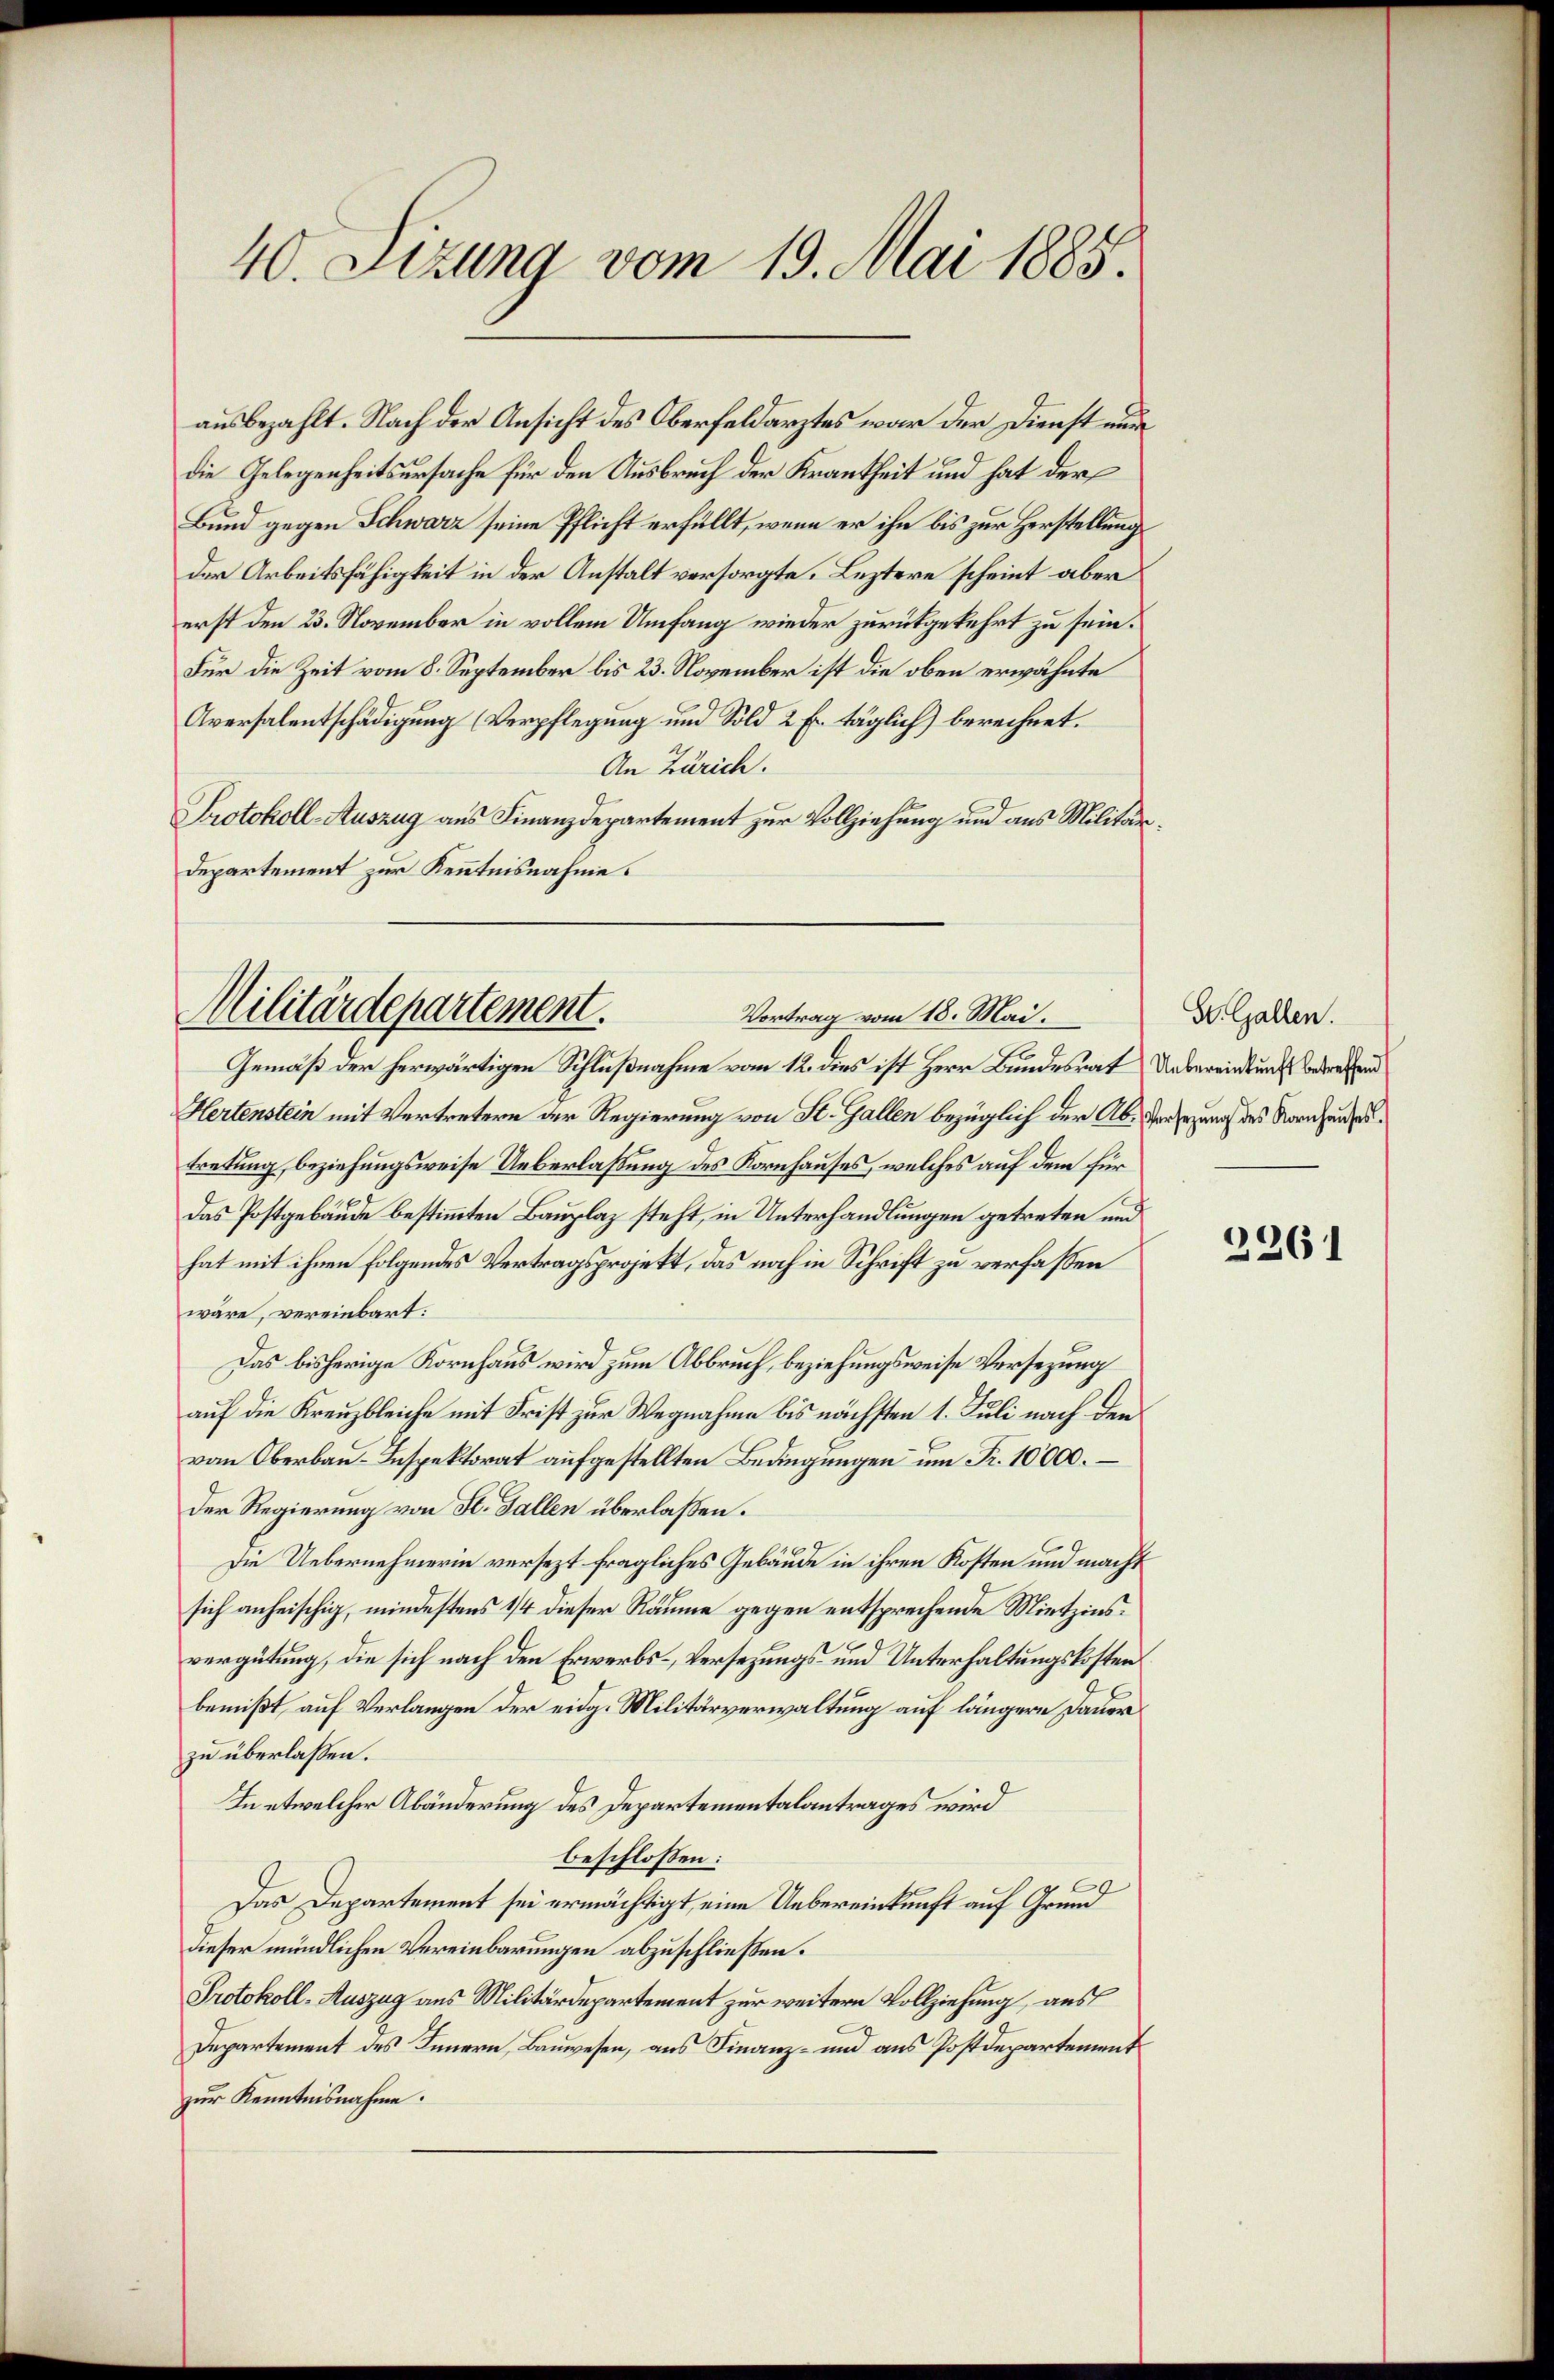
40. Sizung vom 19. Mai 1885.

die Gelegenheitsursache für den Ausbruch der Krankheit und hat der
Bund gegen Schwarz seine Pflicht erfüllt, wenn er ihn bis zur Herstellungs
der Arbeitsfähigkeit in der Anstalt versorgte. Leztere scheint aber
erst den 23. November in vollem Umfang wieder zurückgekehrt zu sein.
Für die Zeit vom 8. September bis 23. November ist die oben erwähnte
Aversalentschädigung (Verpflegung und Sold 2 Fr. täglich) berechnet.
An Zürich.
Protokoll-Auszug aus Finanzdepartement zur Vollziehung und aus Militär¬
Departement zur Kenntnisnahme.

ausbezahlt. Nach der Ansicht des Oberfeldarztes war der Dienst nun

Militärdepartement.
Vortrag vom 18. Mai.

Gemäß der herwärtigen Schlußnahme vom 12. dies ist Herr Bundesrat Uebereinkung bedenend
Hertenstein mit Vertretern der Regierung von St. Gallen bezüglich der Ab-Versezung des Nachaustretung, beziehungsweise Ueberlaßung des Kornhauses, welches auf dem für
Das Postgebäude bestimmten Bauplaz steht, in Unterhandlungen getreten und
hat mit ihnen folgendes Vertragsprojekt, das noch in Schrift zu verfaßen
wäre, vereinbart:
Das bisherige Kornhaus wird zum Abbruch, beziehungsweise Versezung
auf die Kreuzbleiche mit Frist zur Wegnahme bis nächsten 1. Juli nach den
vom Oberbau-Inspektorat aufgestellten Bedingungen um Fr. 10000.
Der Regierung von St. Gallen überlaßen.
Die Uebernehmerin versezt fragliches Gebäude in ihren Kosten und macht
sich anheischig, mindestens 1/4 dieser Räume gegen entsprechende Mietzinsvergütung, die sich nach den Erwerbs-Versezungs und Unterhaltungskosten
bemißt auf Verlangen der eidg. Militärverwaltung auf längere Dauer
zu überlassen.
In etwelcher Abänderung des Departementalantrages wird
beschlossen:
1
Das Departement sei ermächtigt, eine Uebereinkunft auf Grund
dieser mündlichen Vereinbarungen abzuschließen.
Protokoll-Auszug aus Militärdepartement zur weitern Vollziehung, aus
Departement des Innern, Bauwesen, aus Finanz- und aus Postdepartement
zur Kenntnisnahme.

S. Gallen.

2261